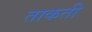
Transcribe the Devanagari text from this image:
ताकती